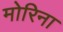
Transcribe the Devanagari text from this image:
मोरिना